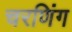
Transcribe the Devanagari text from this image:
चरणिंग